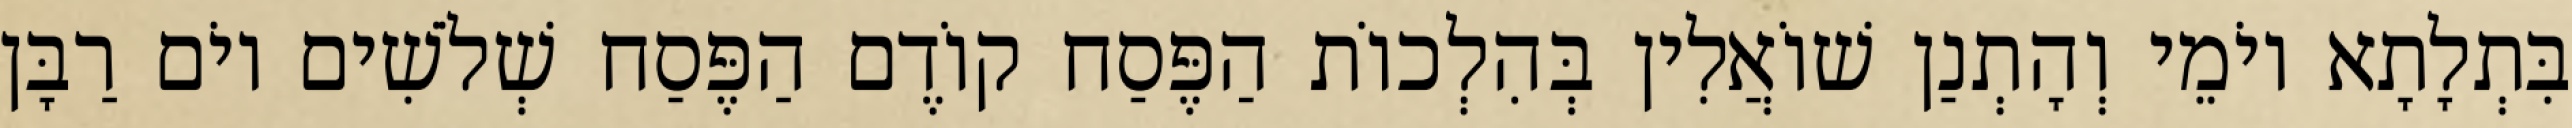
בִּתְלָתָא יוֹמֵי וְהָתְנַן שׁוֹאֲלִין בְּהִלְכוֹת הַפֶּסַח קוֹדֶם הַפֶּסַח שְׁלֹשִׁים יוֹם רַבָּן